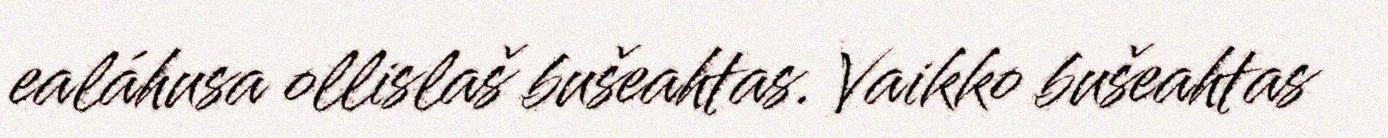
ealáhusa ollislaš bušeahtas. Vaikko bušeahtas